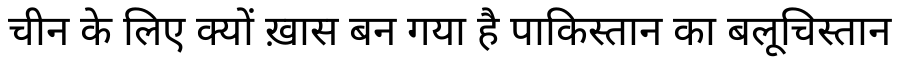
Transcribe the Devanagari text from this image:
चीन के लिए क्यों ख़ास बन गया है पाकिस्तान का बलूचिस्तान